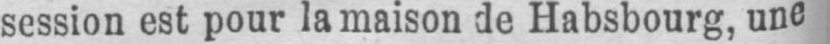
session est pour la maison de Habsbourg, une